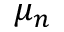
\mu _ { n }